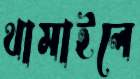
থামাইলে